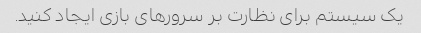
یک سیستم برای نظارت بر سرورهای بازی ایجاد کنید.